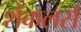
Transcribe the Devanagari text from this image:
शैकलर्स